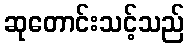
ဆုတောင်းသင့်သည်